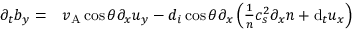
\begin{array} { r l } { \partial _ { t } b _ { y } = } & { { } v _ { \mathrm { A } } \cos \theta \partial _ { x } u _ { y } - d _ { i } \cos \theta \partial _ { x } \left( \frac { 1 } { n } c _ { s } ^ { 2 } \partial _ { x } n + \mathrm { d } _ { t } u _ { x } \right) } \end{array}